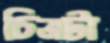
চিত্রটা